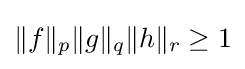
\|f\|_{p}\|g\|_{q}\|h\|_{r}\geq 1